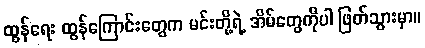
ထွန်ရေး ထွန်ကြောင်းတွေက မင်းတို့ရဲ့ အိမ်တွေကိုပါ ဖြတ်သွားမှာ။